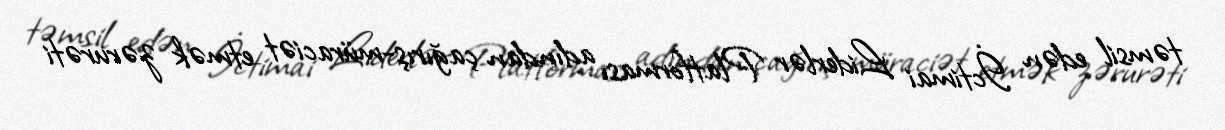
təmsil edən İctimai Liderlər Platforması adından çağırış-müraciət etmək zərurəti